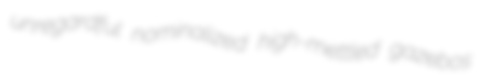
unregardful nominalized high-mettled gazebos